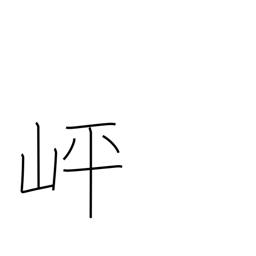
Meaning: level spot part-way up a mountain